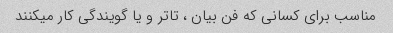
مناسب برای کسانی که فن بیان ، تاتر و یا گویندگی کار میکنند